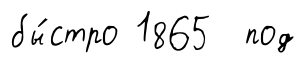
бы́стро 1865 под